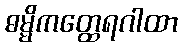
ဓမ္မိကတ္ထေရဂါထာ